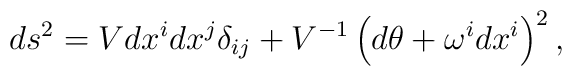
ds^2=V dx^i dx^j\delta_{ij}+V^{-1}\left(d\theta+\omega^i dx^i\right)^2 ,